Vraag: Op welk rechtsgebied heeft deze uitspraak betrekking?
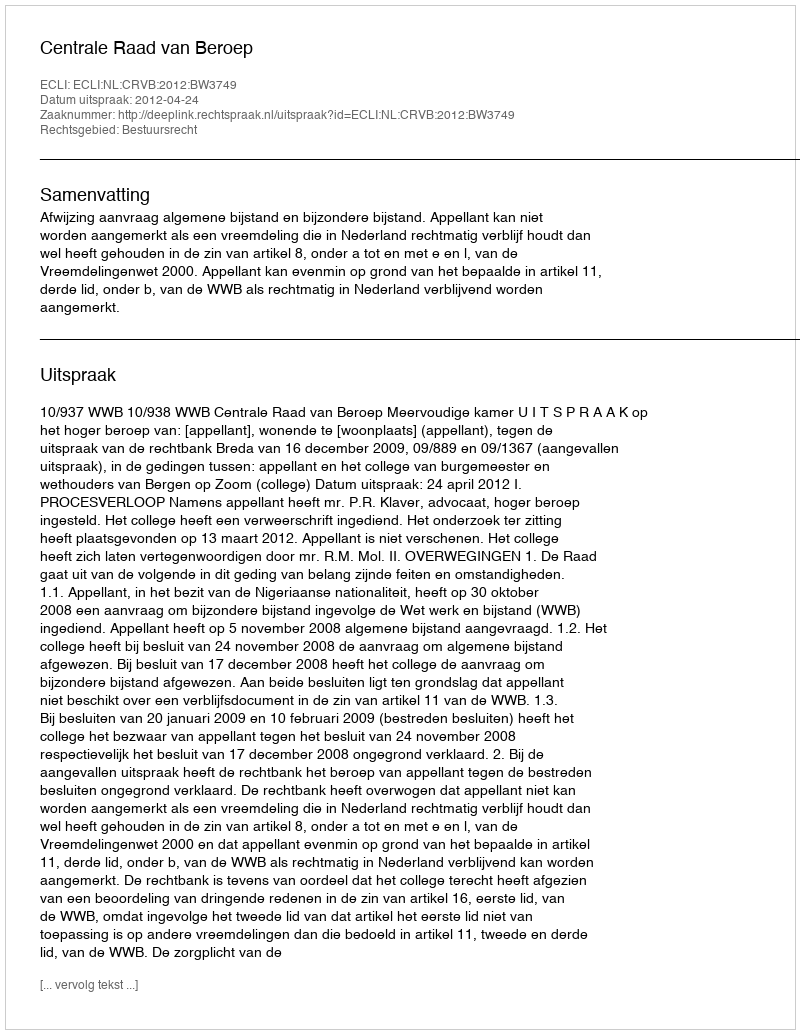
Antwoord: Bestuursrecht